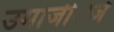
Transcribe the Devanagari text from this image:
उमाजीराजे